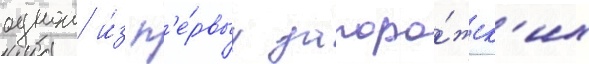
однои и́з п'е́рвых запоро́жск'их